Vaccination in the Punjab 1883-1896 - 1883-1896
Year: 1883
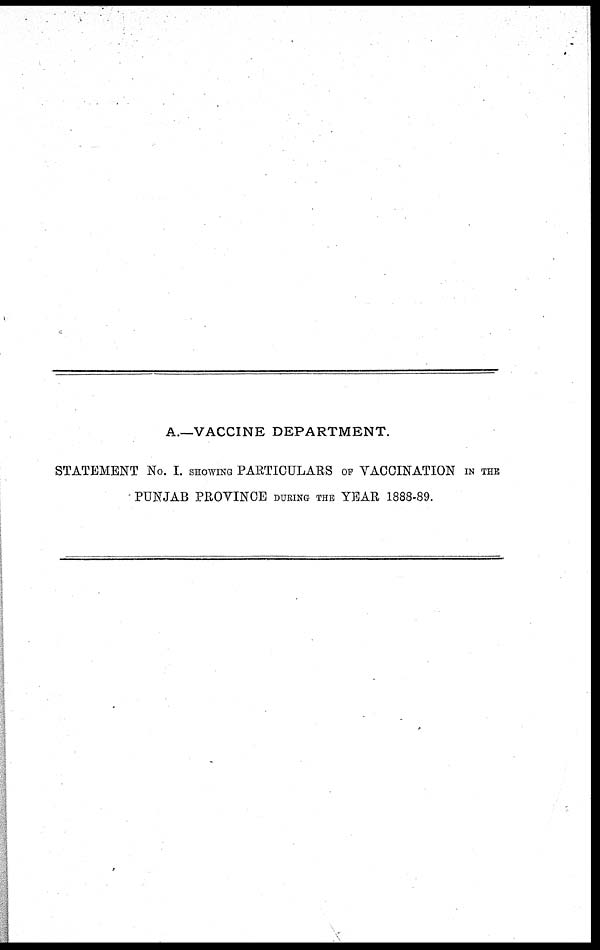
A.—VACCINE DEPARTMENT.
STATEMENT No. I. SHOWING PARTICULARS OF VACCINATION IN THE
PUNJAB PROVINCE DURING THE YEAR 1888-89.